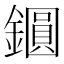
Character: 𨭦